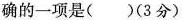
正确的一项是( )(3分)